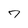
Character: 7